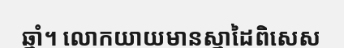
ឆ្នាំ។ លោកយាយមានស្នាដៃពិសេស